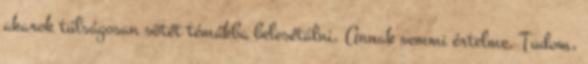
akarok túlságosan sötét témákba belesétálni. Annak semmi értelme. Tudom,